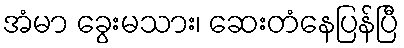
အံမာ ခွေးမသား၊ ဆေးတံနေပြန်ပြီ